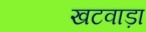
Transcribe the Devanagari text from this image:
खटवाड़ा